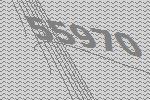
55970